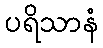
ပရိသာနံ